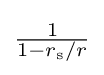
\textstyle {\frac {1}{1-r_{\text{s}}/r}}